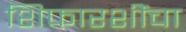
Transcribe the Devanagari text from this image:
शिफारशींचा